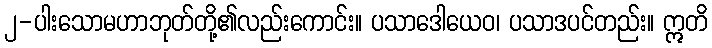
၂-ပါးသောမဟာဘုတ်တို့၏လည်းကောင်း။ ပသာဒေါယေဝ၊ ပသာဒပင်တည်း။ ဣတိ